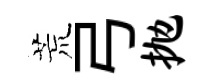
荒弓抛